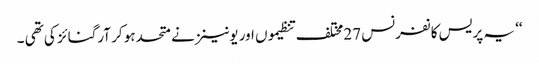
‘‘ یہ پریس کانفرنس 27مختلف تنظیموں اور یونینز نے متحدہو کر آرگنائز کی تھی ۔